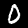
Digit: 0